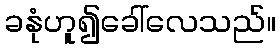
ခနုံဟူ၍ခေါ်လေသည်။